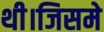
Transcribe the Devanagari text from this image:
थी।जिसमे